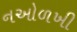
નઓળખી